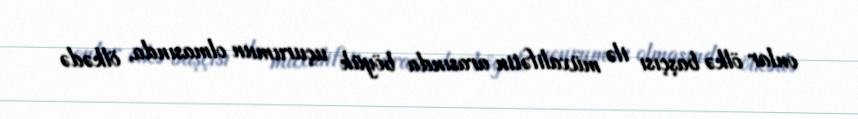
onlar ölkə başçısı ilə müxalifətin arasında böyük uçurumun olmasında, ölkədə